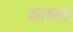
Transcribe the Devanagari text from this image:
काबाड